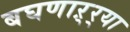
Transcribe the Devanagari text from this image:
बघणाऱ्र्‍या